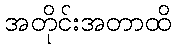
အတိုင်းအတာထိ